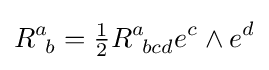
R_{\;\,b}^{a}={\tfrac {1}{2}}R_{\;\,bcd}^{a}e^{c}\wedge e^{d}